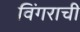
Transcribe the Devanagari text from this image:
विंगराची